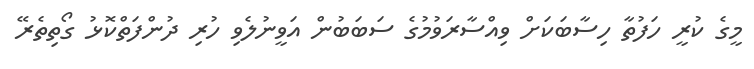
މީގެ ކުރީ ހަފުތާ ހިސާބަކަށް ވިއްސާރަވުމުގެ ސަބަބުން އަވީނުލެވި ހުރި ދުންފަތްކޮޅު ގޯތިތެރޭ